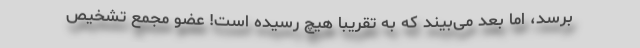
برسد، امّا بعد می‌بیند که به تقریباً هیچ رسیده است! عضو مجمع تشخیص